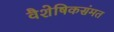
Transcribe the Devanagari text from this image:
वैशेषिकसंमत